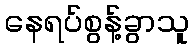
နေရပ်စွန့်ခွာသူ